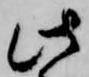
此